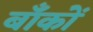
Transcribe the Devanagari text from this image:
बाँकों